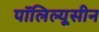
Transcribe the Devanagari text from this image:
पॉलिल्यूसीन